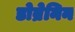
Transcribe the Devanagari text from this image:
डोब्रेनिन